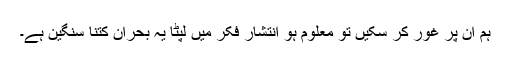
ہم ان پر غور کر سکیں تو معلوم ہو انتشارِ فکر میں لپٹا یہ بحران کتنا سنگین ہے۔